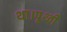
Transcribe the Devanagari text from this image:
था।पृथ्वी